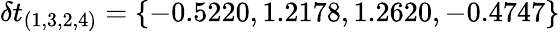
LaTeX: \delta t_{(1,3,2,4)}=\{ -0.5220,1.2178,1.2620,-0.4747\}